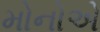
મોનોએ